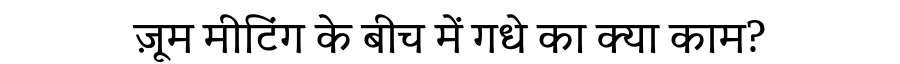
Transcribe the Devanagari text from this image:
ज़ूम मीटिंग के बीच में गधे का क्या काम?